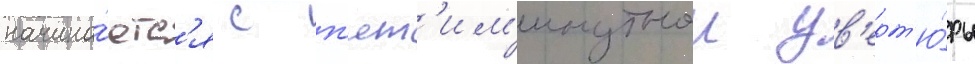
начина́етс'я с п'ят'им'инутнои ув'ерт'ю́ры